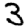
Digit: 3